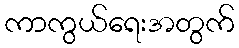
ကာကွယ်ရေးအတွက်